Source: Handwritten
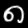
Digit: ၈ (8)